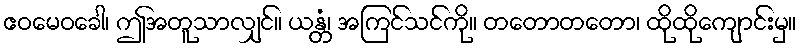
ဧဝမေဝခေါ၊ ဤအတူသာလျှင်။ ယန္တံ၊ အကြင်သင်ကို။ တတောတတော၊ ထိုထိုကျောင်းမှ။